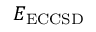
E _ { \mathrm { E C C S D } }